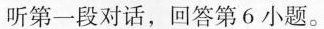
听第一段对话，回答第6小题。